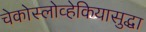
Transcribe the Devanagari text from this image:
चेकोस्लोव्हेकियासुद्धा